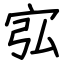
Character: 宖